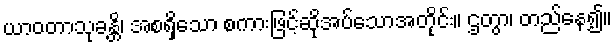
ယာဝတာသုခန္တိ၊ အစရှိသော စကားဖြင့်ဆိုအပ်သောအတိုင်း။ ဌတွာ၊ တည်နေ၍။